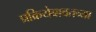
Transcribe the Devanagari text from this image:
प्रक्रियेबाबतच्या